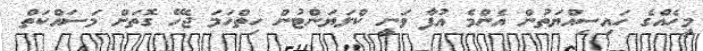
މީހެއްގެ ހައިސިއްޔަތުން އެންމެ އުފާ ވަނީ ކްލަޔަންޓުން ހިތްހަމަ ޖެހޭ ގޮތަށް މަސައްކަތް